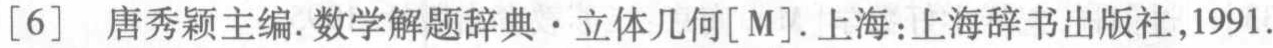
[6] 唐秀颖主编.数学解题辞典·立体几何[M].上海:上海辞书出版社,1991.